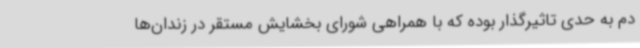
دم به حدی تاثیرگذار بوده که با همراهی شورای بخشایش مستقر در زندان‌ها